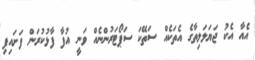
އެއާ އެކު ޖަޔަލަލިތާގެ އެތަކެއް ސަތޭކަ ސަޕޯޓަރުންނެއް ވަނީ އުފާ ފާޅުކުރަން ފަށައިފި